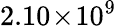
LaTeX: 2.10\! \times\! 10^{9}